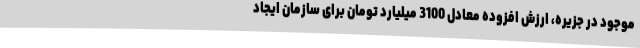
موجود در جزیره، ارزش افزوده معادل 3100 میلیارد تومان برای سازمان ایجاد